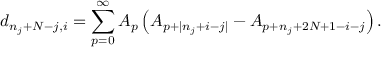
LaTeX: d _ { n _ { j } + N - j , i } = \sum _ { p = 0 } ^ { \infty } A _ { p } \left( A _ { p + | n _ { j } + i - j | } - A _ { p + n _ { j } + 2 N + 1 - i - j } \right) .